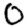
Digit: 0